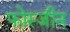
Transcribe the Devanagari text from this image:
फोस्जीन